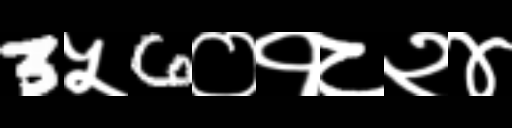
Text: 3५6०१८२४